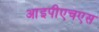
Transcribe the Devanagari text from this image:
आइपीएचएस